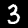
Digit: 3